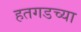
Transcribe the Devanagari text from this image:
हतगडच्या